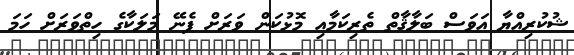
ޝުކުރިއްޔާ އަވަސް ބަލާޤާތް ތެރިކަމާއި މޮޅުކަން ވަރަށް ފެނޭ މަލަކާގެ ހިތްވަރަށް ހަމަ